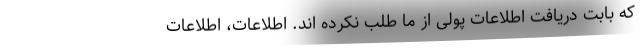
که بابت دریافت اطلاعات پولی از ما طلب نکرده اند. اطلاعات، اطلاعات